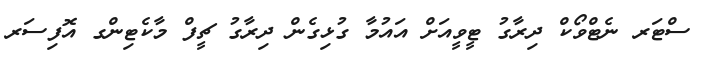
ސްޓަރ ނެޓްވޯކް ދިރާގު ޓީވީއަށް އައުމާ ގުޅިގެން ދިރާގު ޗީފް މާކެޓިންގ އޮފިސަރ